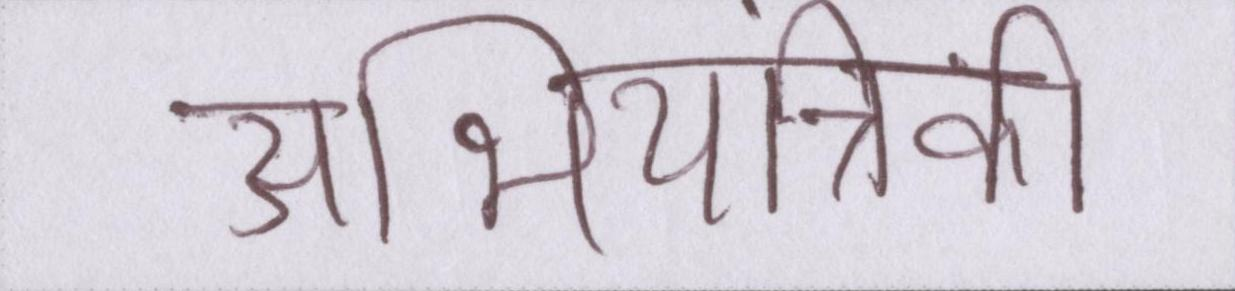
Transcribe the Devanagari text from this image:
अभियांत्रिकी